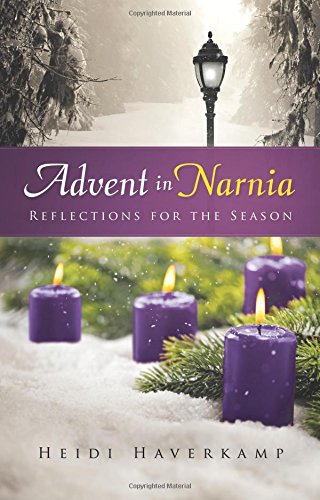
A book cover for Advent in Narnia: Reflections for the Season; Heidi Haverkamp; Christian Books & Bibles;